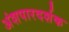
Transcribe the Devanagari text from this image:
अंशपारदर्शक